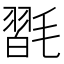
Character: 𣯮